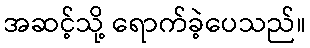
အဆင့်သို့ ရောက်ခဲ့ပေသည်။